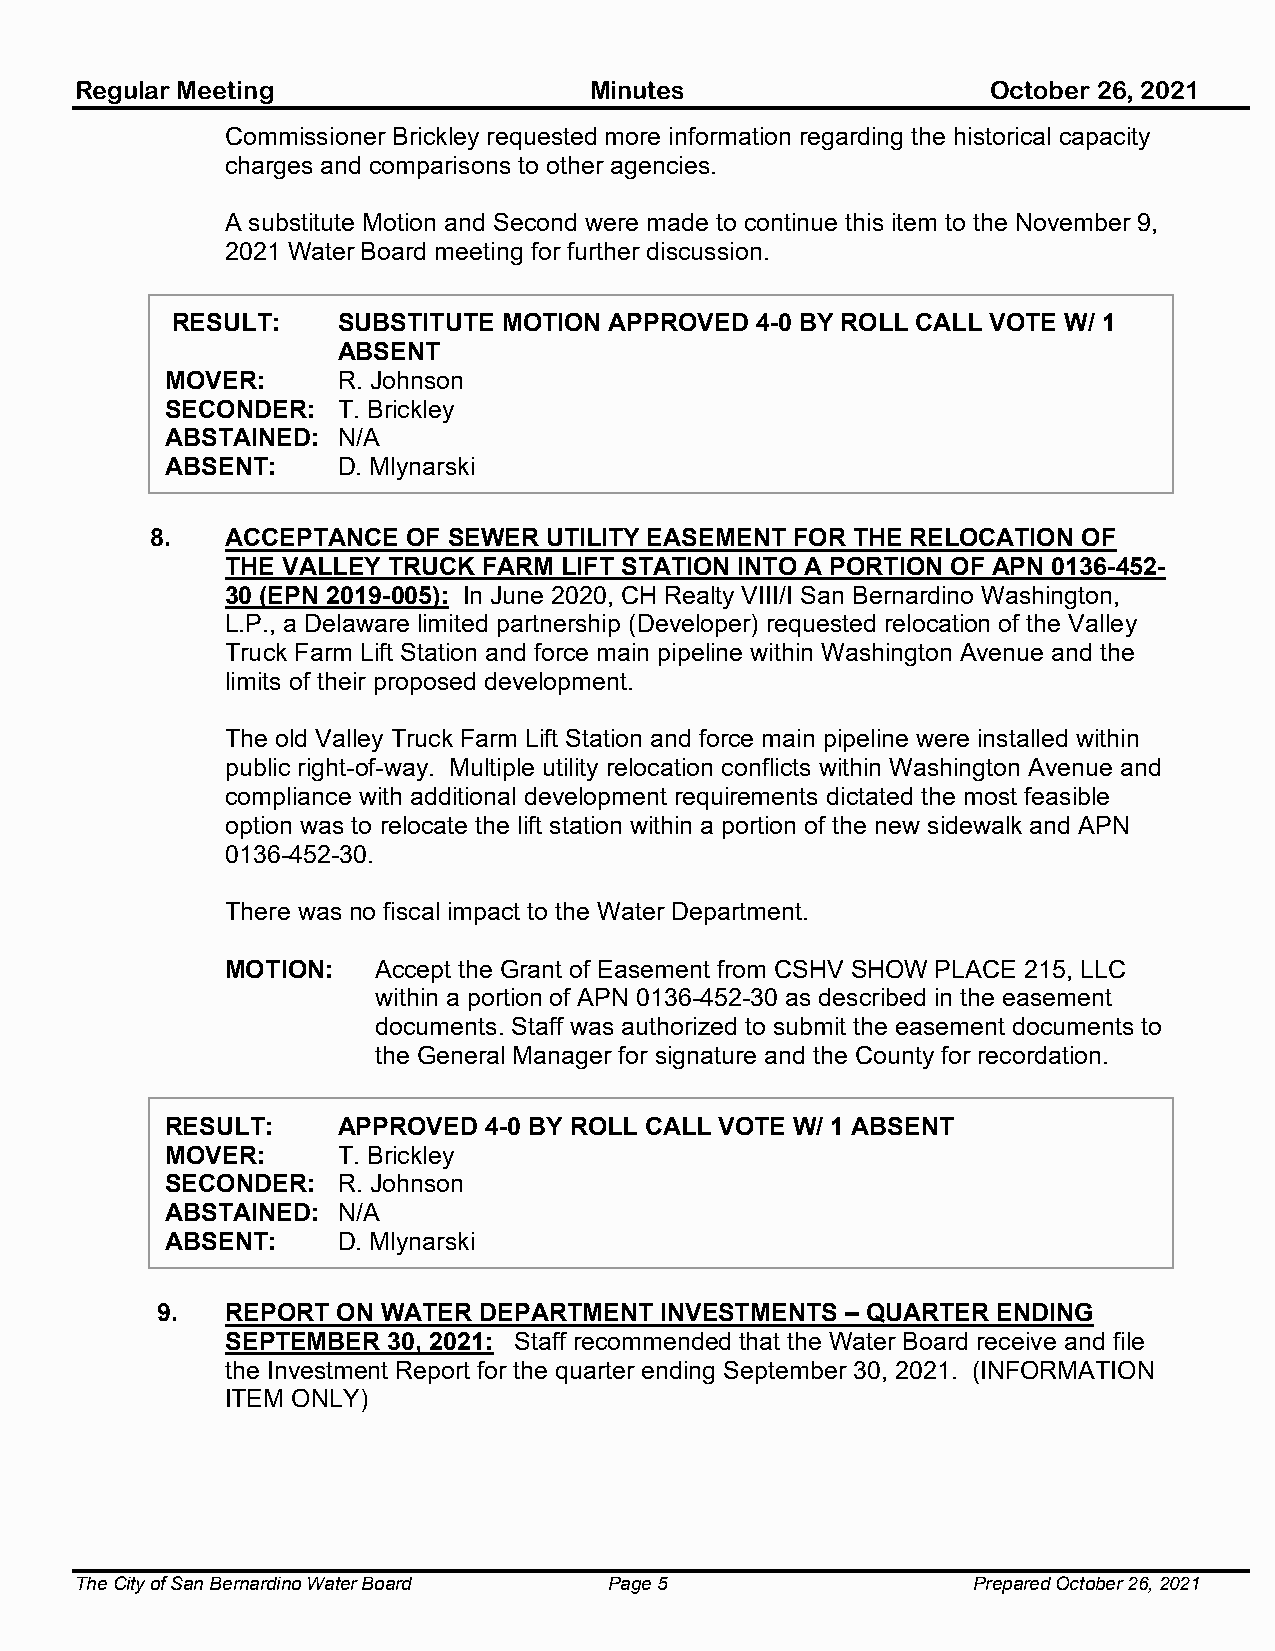
Regular Meeting                   Minutes                    October 26, 2021
 Commissioner Brickley requested more information regarding the historical capacity
 charges and comparisons to other agencies.
 A substitute Motion and Second were made to continue this item to the November 9,
 2021 Water Board meeting for further discussion.
 RESULT:    SUBSTITUTE MOTION APPROVED  4-0 BY ROLL CALL VOTE W/ 1
 ABSENT
 MOVER:     R. Johnson
 SECONDER:  T. Brickley
 ABSTAINED: N/A
 ABSENT:    D. Mlynarski
 8.   ACCEPTANCE  OF SEWER UTILITY EASEMENT FOR THE RELOCATION OF
 THE VALLEY TRUCK FARM LIFT STATION INTO A PORTION OF APN 0136-452-
 30 (EPN 2019-005): In June 2020, CH Realty VIII/I San Bernardino Washington,
 L.P., a Delaware limited partnership (Developer) requested relocation of the Valley
 Truck Farm Lift Station and force main pipeline within Washington Avenue and the
 limits of their proposed development.
 The old Valley Truck Farm Lift Station and force main pipeline were installed within
 public right-of-way. Multiple utility relocation conflicts within Washington Avenue and
 compliance with additional development requirements dictated the most feasible
 option was to relocate the lift station within a portion of the new sidewalk and APN
 0136-452-30.
 There was no fiscal impact to the Water Department.
 MOTION:   Accept the Grant of Easement from CSHV SHOW PLACE 215, LLC
 within a portion of APN 0136-452-30 as described in the easement
 documents. Staff was authorized to submit the easement documents to
 the General Manager for signature and the County for recordation.
 RESULT:    APPROVED  4-0 BY ROLL CALL VOTE W/ 1 ABSENT
 MOVER:     T. Brickley
 SECONDER:  R. Johnson
 ABSTAINED: N/A
 ABSENT:    D. Mlynarski
 9.   REPORT ON WATER  DEPARTMENT  INVESTMENTS – QUARTER ENDING
 SEPTEMBER  30, 2021: Staff recommended that the Water Board receive and file
 the Investment Report for the quarter ending September 30, 2021. (INFORMATION
 ITEM ONLY)
 The City of San Bernardino Water Board Page 5              Prepared October 26, 2021